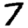
Digit: 7